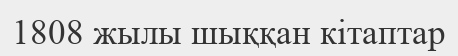
1808 жылы шыққан кітаптар